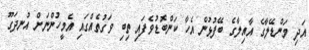
އަދި މަންޑޭލާގެ އާއިލާގެ ބޭފުޅުން އެހާ ކަންބޮޑުވެފައި ތިބި ވަގުތެއްގައި އެމީހުންނަށް އުނދަގޫ